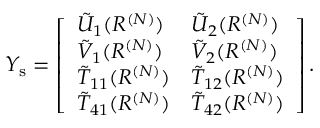
\begin{array} { r } { Y _ { \mathrm { s } } = \left[ \begin{array} { l l } { \tilde { U } _ { 1 } ( R ^ { ( N ) } ) } & { \tilde { U } _ { 2 } ( R ^ { ( N ) } ) } \\ { \tilde { V } _ { 1 } ( R ^ { ( N ) } ) } & { \tilde { V } _ { 2 } ( R ^ { ( N ) } ) } \\ { \tilde { T } _ { 1 1 } ( R ^ { ( N ) } ) } & { \tilde { T } _ { 1 2 } ( R ^ { ( N ) } ) } \\ { \tilde { T } _ { 4 1 } ( R ^ { ( N ) } ) } & { \tilde { T } _ { 4 2 } ( R ^ { ( N ) } ) } \end{array} \right] . } \end{array}